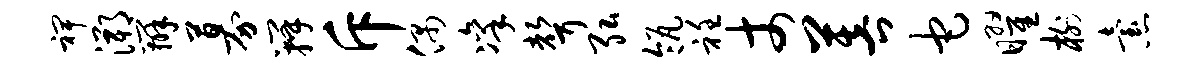
裨溯辨募瓣斥偶凛声弘瓴衽丈菩它曜榭怠